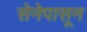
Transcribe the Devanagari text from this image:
सेनेपासून